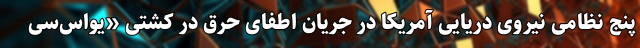
پنج نظامی نیروی دریایی آمریکا در جریان اطفای حرق در کشتی «یواس‌سی